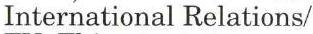
International Relations/